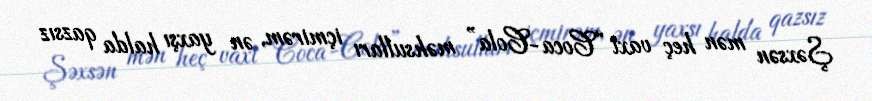
Şəxsən mən heç vaxt “Coca-Cola” məhsulları içmirəm, ən yaxşı halda qazsız